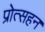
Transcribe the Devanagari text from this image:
प्रोत्सहन